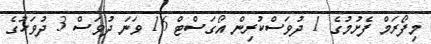
މިފޯރަމް ފެށުމުގެ 1 ދުވަސްކުރިން އޯގަސްޓް 16 ވަނަ ދުވަސް 3 ދުވަހުގެ